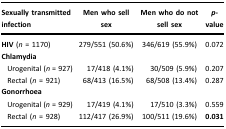
| Sexually transmitted infection | Men who sell sex | Men who do not sell sex | p-value |
 | --- | --- | --- | --- |
 | HIV (n = 1170) | 279/551 (50.6%) | 346/619 (55.9%) | 0.072 |
 | Chlamydia |  |  |  |
 | Urogenital (n = 927) | 17/418 (4.1%) | 30/509 (5.9%) | 0.207 |
 | Rectal (n = 921) | 68/413 (16.5%) | 68/508 (13.4%) | 0.287 |
 | Gonorrhoea |  |  |  |
 | Urogenital (n = 929) | 17/419 (4.1%) | 17/510 (3.3%) | 0.559 |
 | Rectal (n = 928) | 112/417 (26.9%) | 100/511 (19.6%) | 0.031 |